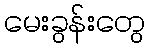
မေးခွန်းတွေ